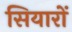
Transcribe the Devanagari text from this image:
सियारों